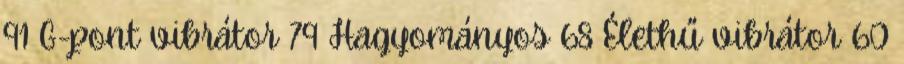
91 G-pont vibrátor 79 Hagyományos 68 Élethű vibrátor 60